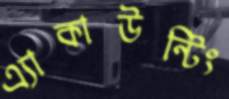
এ্যাকাউন্টিং